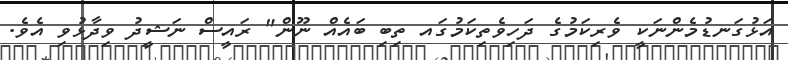
އަޅުގަނޑުމެންނަކީ ވެރިކަމުގެ ދަހިވެތިކަމުގައ ތިބި ބައެއް ނޫން" ރައީސް ނަޝީދު ވިދާޅުވި އެވެ.